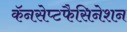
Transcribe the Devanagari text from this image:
कॅनसेप्टफैसिनेशन